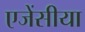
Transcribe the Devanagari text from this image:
एजेंसीया